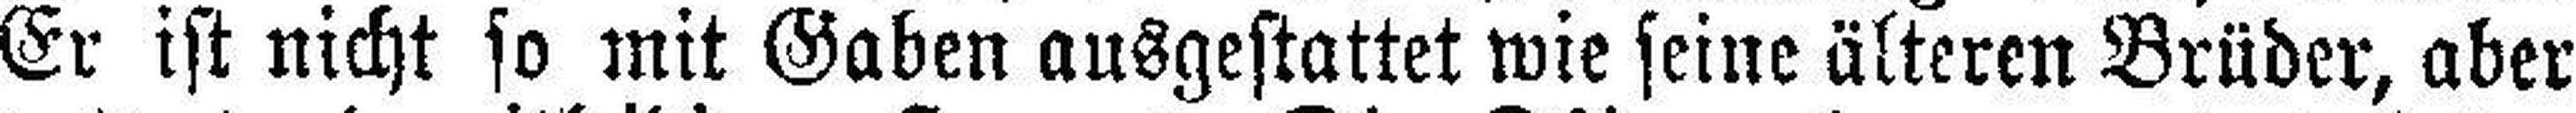
Er ist nicht so mit Gaben ausgestattet wie seine älteren Brüder, aber